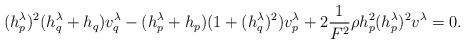
LaTeX: \begin{align*} (h^{\lambda}_p)^{2}(h^{\lambda}_q+h_q)v^{\lambda}_q-(h^{\lambda}_p+h_p)(1+(h^{\lambda}_q)^2)v^{\lambda}_p+2\dfrac{1}{F^2}\rho h^{2}_p(h^{\lambda}_p)^2 v^{\lambda}=0. \end{align*}